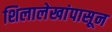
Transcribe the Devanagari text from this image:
शिलालेखांपासून